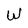
Character: W